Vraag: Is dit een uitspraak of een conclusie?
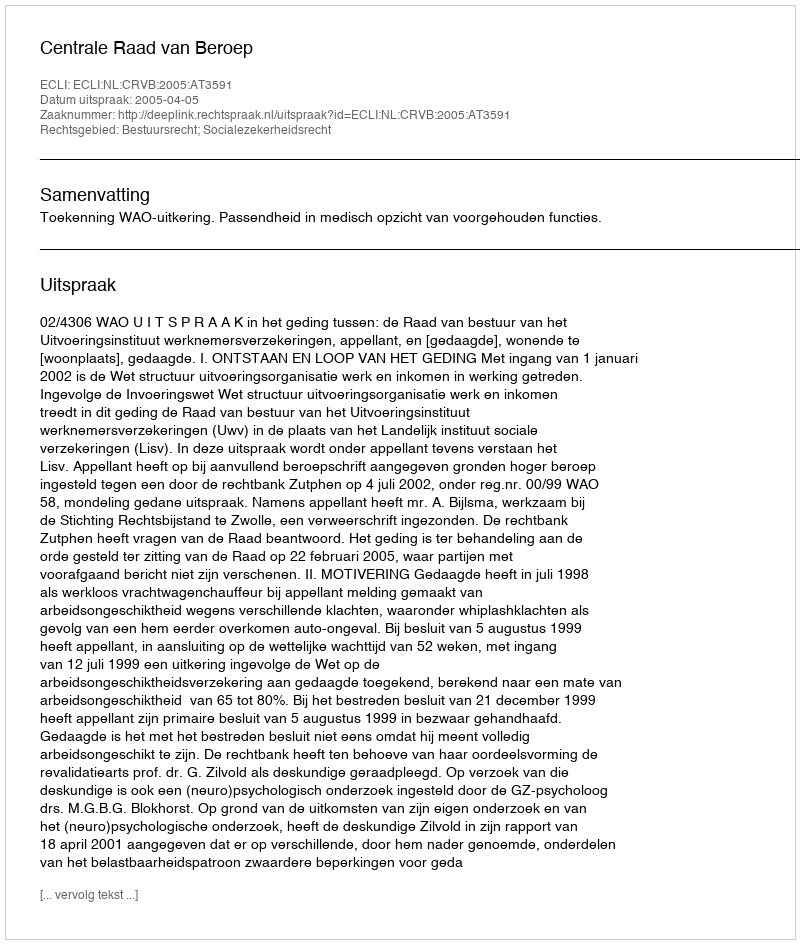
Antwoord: Uitspraak